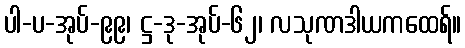
ပါ-ပ-အုပ်-၉၉၊ ဋ္ဌ-ဒု-အုပ်-၆၂၊ လသုဏဒါယကထေရ်။